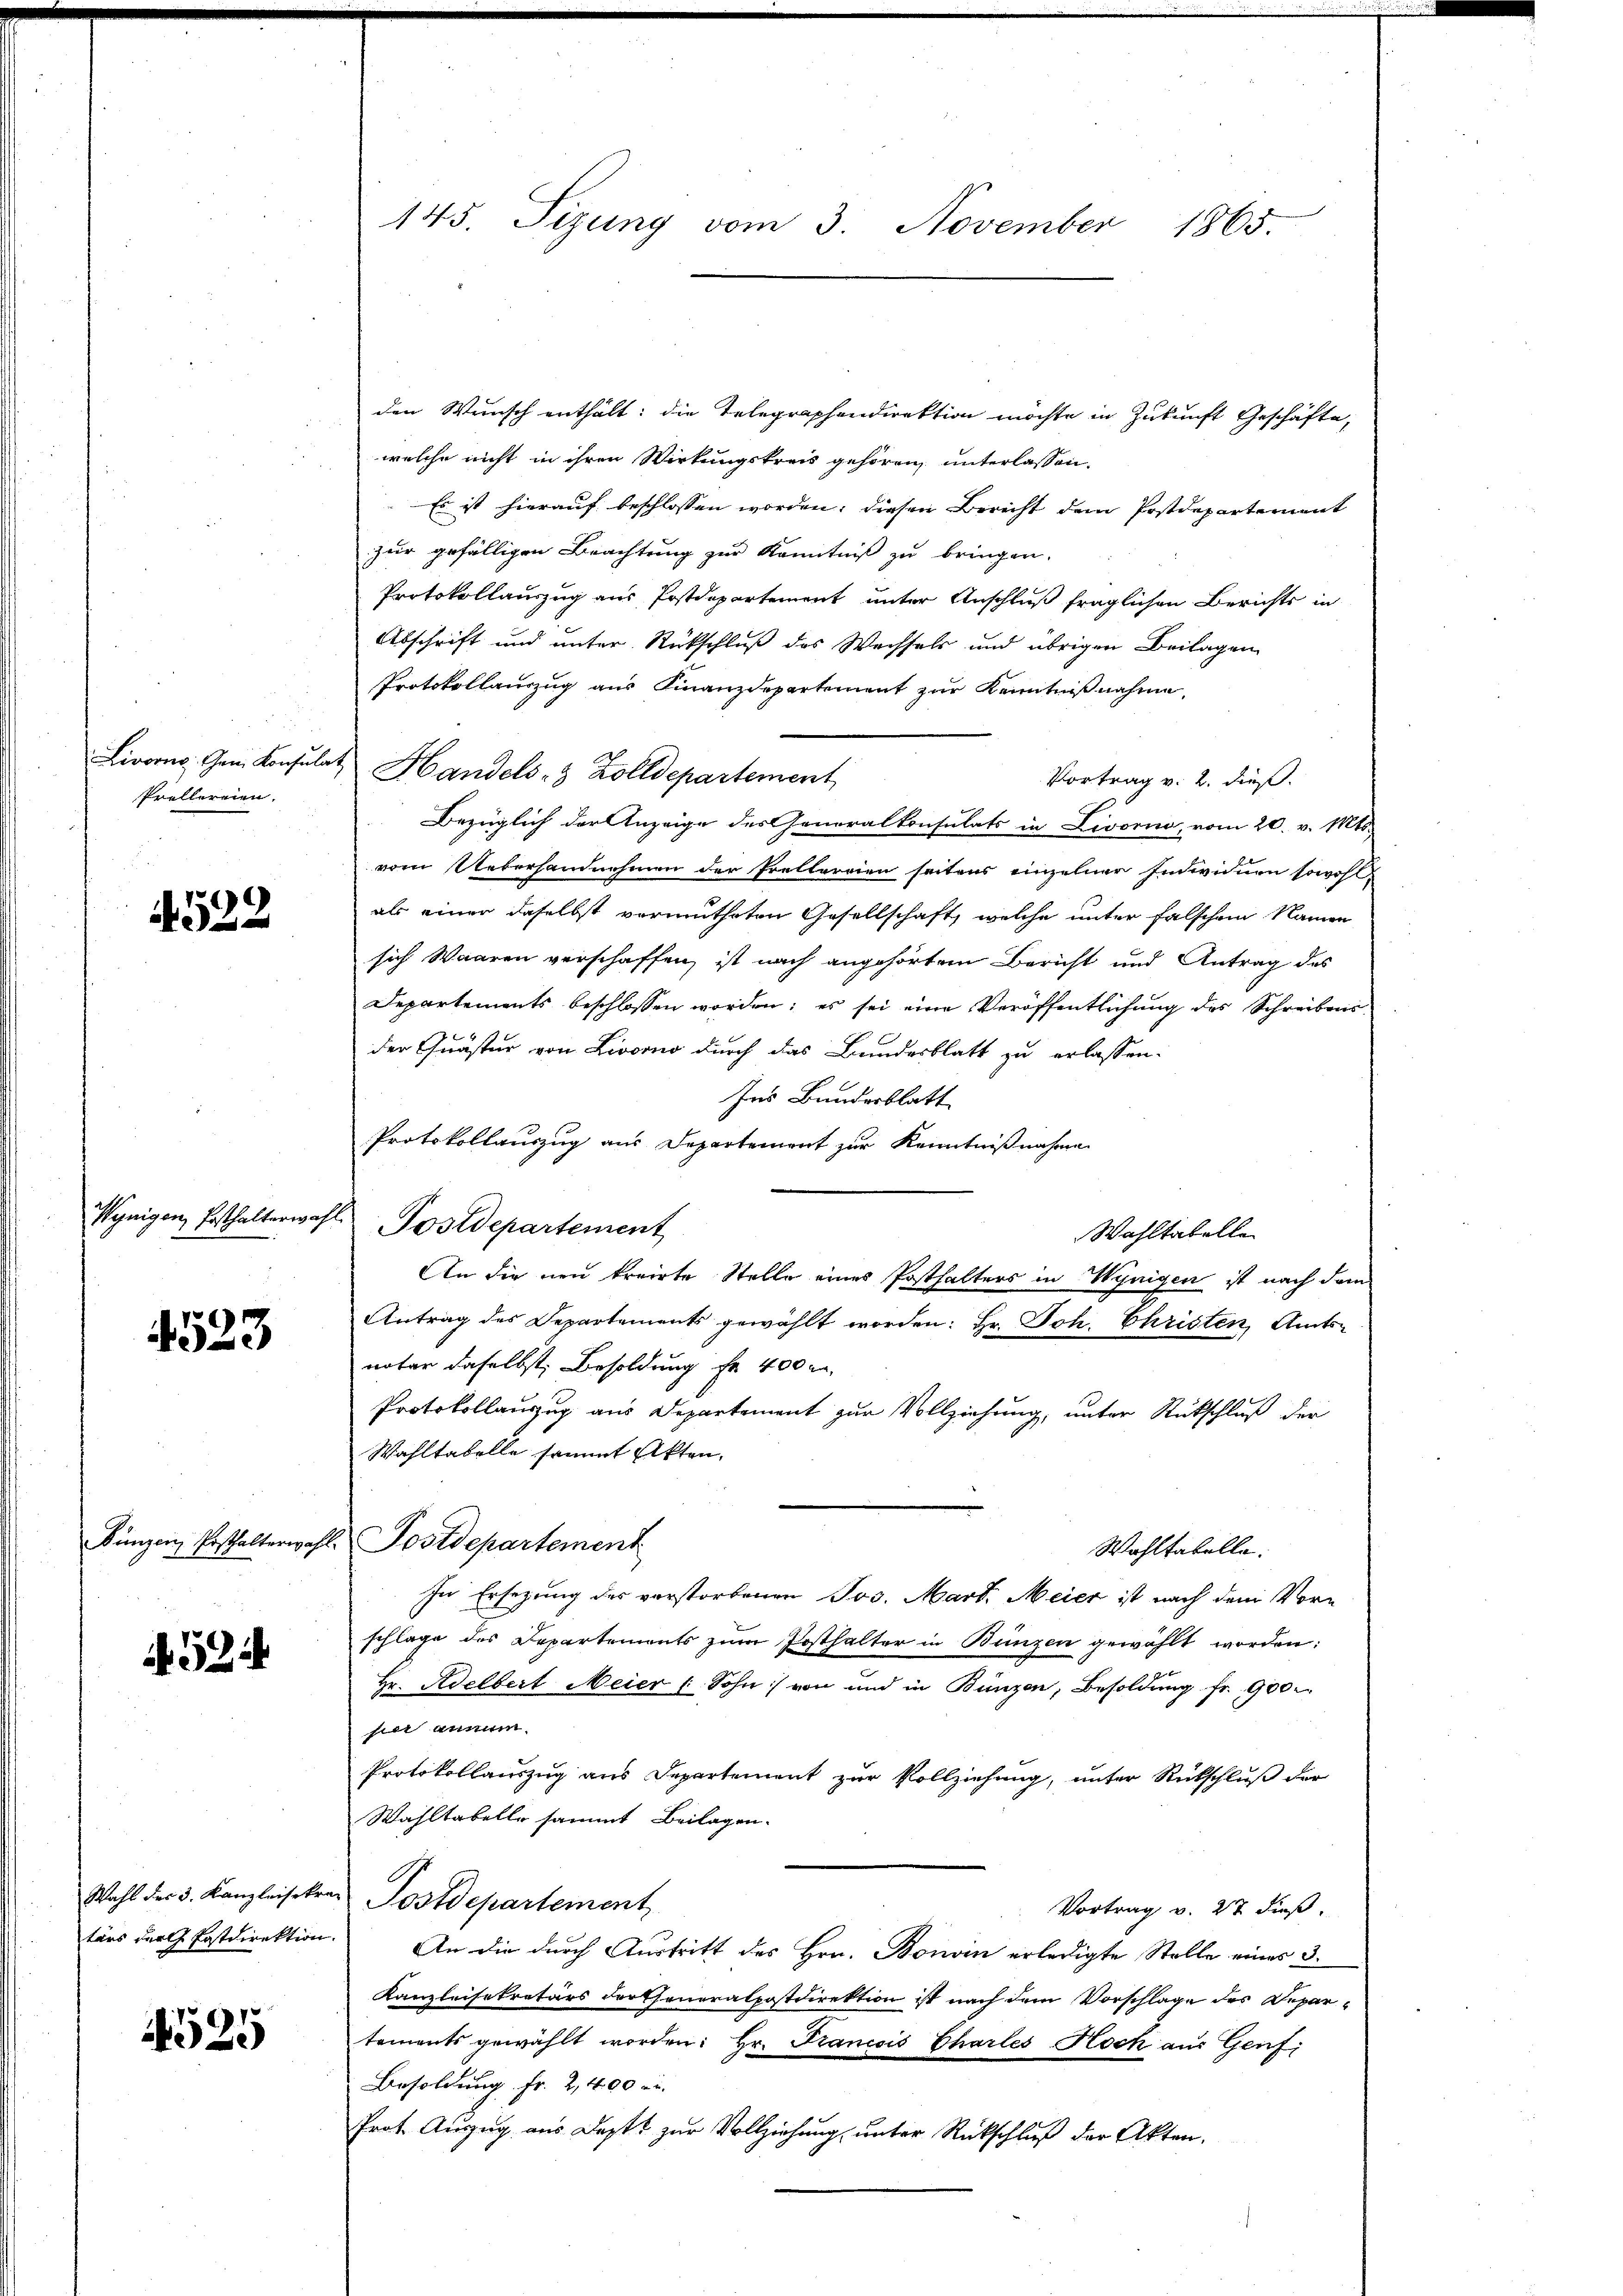
Prellereien.

522

Wynigen Posthalterwahr

4523

Fünzen Posthalterwah

452

Wahl des 3. Kanzleisekre
tärs der Postdirektion.

4525

145. Sizung vom 3. November 1865

den Wunsch enthält: die Telegraphendirektion möchte in Zukunft Geschäfte,
welche nicht in ihren Wirkungskreis gehören, unterlassen.
Es ist hierauf beschlossen worden, diesen Bericht dem Postdepartement
zur gefälligen Beachtung zur Kenntniß zu bringen.
Protokollauszug aus Postdepartement unter Anschluß fraglichen Berichts in
Abschrift und unter Rückschluß des Wechsels und übrigen Beilagen
Protokollauszug aus Finanzdepartement zur Kenntnißnahme,
Livorne Gem. Konsulat, Handels- & Zolldepartement
Vortrag v. 2. dieß.
Bezüglich der Anzeige des Generalkonsulats in Livorno, vom 20. v. Mts.
vom Ueberhandnehmen der Prellerrien seitens einzelner Indwinen sowohl
als einer daselbst vermutheten Gesellschaft, welche unter falschem Namen
sich Waaren verschaffen, ist nach angehörtem Bericht und Antrag des
Departements beschlossen worden; es sei eine Veröffentlichung des Schreibens
e
der Quaster von Livorno durch das Bundesblatt zu erlassen.
Ins Bundesblatt
Protokollauszug aus Departement zur Kenntnißnahme
Postdepartement
Wahltabelle
An die neu treite Stelle eines Posthalters in Wynigen ist nach dem
Antrag des Departements gewählt worden: Hr. Joh. Christen Amtsnatar daselbst Besoldung fr. 400 r
Protokollauszug aus Departement zur Vollziehung, unter Rückschluß der
Wahltabelle sammt Akten,
Postdepartement
Wahltatelle.
In Ersezung des verstorbenen Jos. Mart. Meier ist nach dem Vor-
schlage des Departements zum Ersthalter in Bunzen gewählt worden:
Hr. Adelbert Meier ( Sohn von und in Bünzen, Besoldung fr. 900.
hier annum
Protokollauszug aus Departement zur Vollziehung, unter Rückschluß der
Wahltabelle sammt Beilagen.
Postdepartement
Vortrag v. 27 dieß.
An die durch Austritt des Hrn. Bonvin erledigte Stelle eines 3.
Kanzleisekretärs der Generalpostdirektion ist nach dem Vorschlage des Departements gewählt worden: Hr. Francois Chartes Koch aus Genf,
Besoldung Fr. 2,400 Fr.
Prot. Auszug aus Daptt zur Vollziehung, unter Rückschluß der Akten.